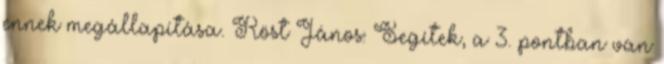
ennek megállapítása. Röst János: Segítek, a 3. pontban van